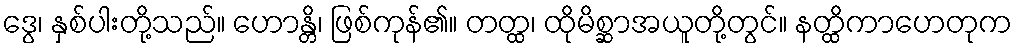
ဒွေ၊ နှစ်ပါးတို့သည်။ ဟောန္တိ၊ ဖြစ်ကုန်၏။ တတ္ထ၊ ထိုမိစ္ဆာအယူတို့တွင်။ နတ္ထိကာဟေတုက